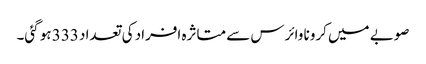
صوبے میں کرونا وائرس سے متاثرہ افراد کی تعداد 333 ہو گئی۔